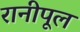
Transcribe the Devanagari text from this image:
रानीपूल